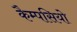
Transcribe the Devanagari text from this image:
कैम्पसियो